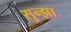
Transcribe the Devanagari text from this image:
सुन्झा